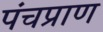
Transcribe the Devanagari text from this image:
पंचप्राण